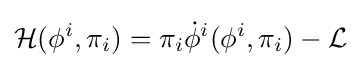
{\mathcal {H}}(\phi ^{i},\pi _{i})=\pi _{i}{\dot {\phi }}^{i}(\phi ^{i},\pi _{i})-{\mathcal {L}}